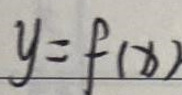
\[y = f(x)\]